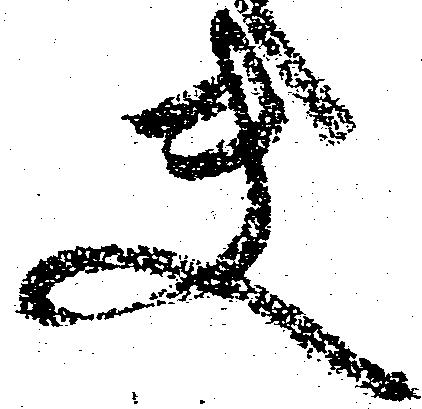
夫